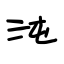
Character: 沌